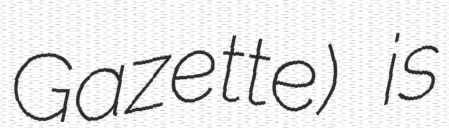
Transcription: Gazette) is